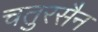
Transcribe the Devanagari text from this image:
चतुरसैन